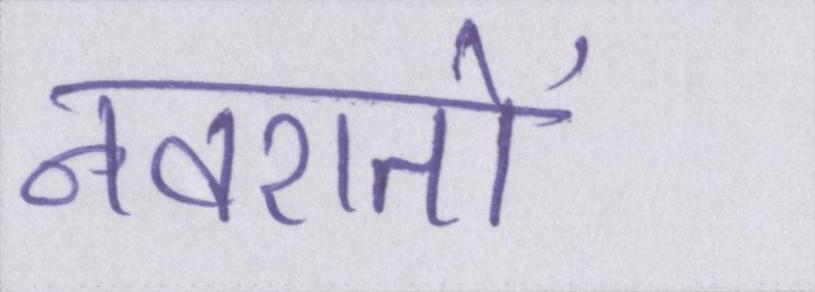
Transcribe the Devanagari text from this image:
नवरातों